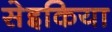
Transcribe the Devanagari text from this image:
सेइकिया